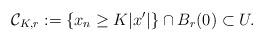
LaTeX: \begin{align*}\mathcal{C}_{K, r}:=\{x_n\geq K|x'|\}\cap B_r(0)\subset U.\end{align*}